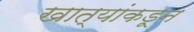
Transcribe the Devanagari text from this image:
खात्यांकडून